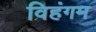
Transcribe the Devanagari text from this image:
विहंगम